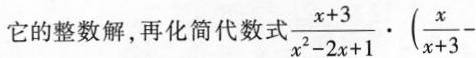
它的整数解，再化简代数式 $$\frac { x + 3 } { x ^ { 2 } - 2 x + 1 } \cdot ( \frac { x } { x + 3 } -